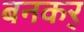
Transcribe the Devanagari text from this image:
बनकर्